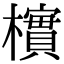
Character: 𪴎